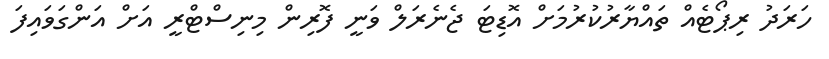
ހަރަދު ރިޕޯޓެއް ތައްޔާރުކުރުމަށް އޮޑިޓަ ޖެނެރަލް ވަނީ ފޮރިން މިނިސްޓްރީ އަށް އަންގަވައިފަ